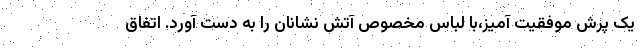
یک پرش موفقیت آمیز،با لباس مخصوص آتش نشانان را به دست آورد. اتفاق